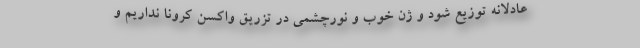
عادلانه توزیع شود و ژن خوب و نورچشمی در تزریق واکسن کرونا نداریم و